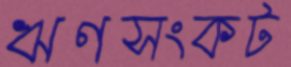
ঋণসংকট